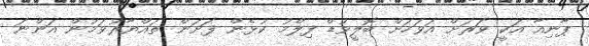
ޕާނިއާ އަކީ ވަރަށް އަވަހަށް ބޮލީވުޑް ފިލްމު ކުޅެން ފަށަން ތައްޔާރުވަމުން އަންނަ